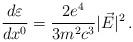
LaTeX: \begin{align*}\frac{d \varepsilon}{d x^0}=\frac{2e^4}{3m^2c^3}|\vec{E}|^2\,{.}\end{align*}